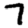
Digit: 7